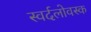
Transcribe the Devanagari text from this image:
स्वर्दलोवस्क